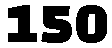
150